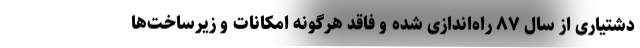
دشتیاری از سال ۸۷ راه‌اندازی شده و فاقد هرگونه امکانات و زیرساخت‌ها